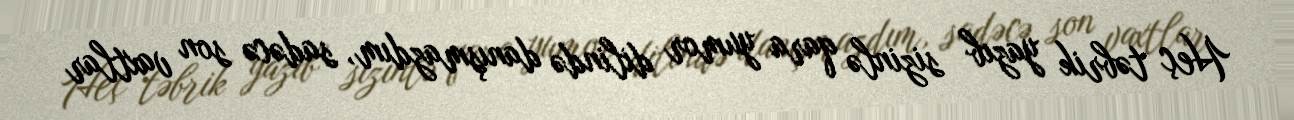
Heç təbrik yazıb sizinlə qara yumor dilində danışmazdım, sadəcə son vaxtlar